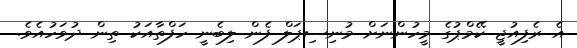
އެ ރެފިއުޖީ ކޭމްޕުގެ މީހުންނަށް މުނިސިޕަލް ފެން ލިބެނީ ހަފްތާއަކު ތިން ދުވަހުއެވެ.